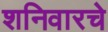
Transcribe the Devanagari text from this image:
शनिवारचे